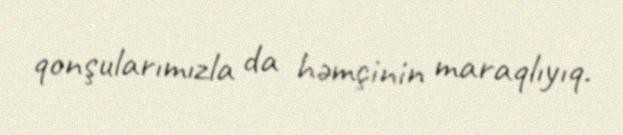
qonşularımızla da həmçinin maraqlıyıq.